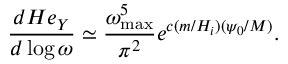
\frac { d { \cal H } e _ { Y } } { d \log { \omega } } \simeq \frac { \omega _ { \mathrm { m a x } } ^ { 5 } } { \pi ^ { 2 } } e ^ { c ( m / H _ { i } ) ( \psi _ { 0 } / M ) } .